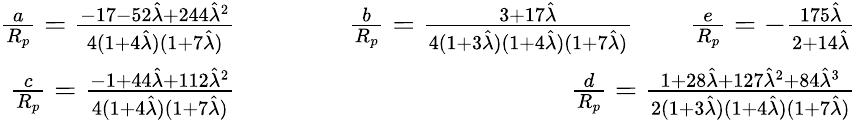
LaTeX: \begin{array}{rlr}{\frac{a}{R_{p}}=\frac{-17-52\hat{\lambda}+244\hat{\lambda}^{2}}{4(1+4\hat{\lambda})(1+7\hat{\lambda})}\qquad}&{}&{\frac{b}{R_{p}}=\frac{3+17\hat{\lambda}}{4(1+3\hat{\lambda})(1+4\hat{\lambda})(1+7\hat{\lambda})}\qquad\frac{e}{R_{p}}=-\frac{175\hat{\lambda}}{2+14\hat{\lambda}}}\\ {\frac{c}{R_{p}}=\frac{-1+44\hat{\lambda}+112\hat{\lambda}^{2}}{4(1+4\hat{\lambda})(1+7\hat{\lambda})}\qquad}&{}&{\frac{d}{R_{p}}=\frac{1+28\hat{\lambda}+127\hat{\lambda}^{2}+84\hat{\lambda}^{3}}{2(1+3\hat{\lambda})(1+4\hat{\lambda})(1+7\hat{\lambda})}}\end{array}